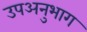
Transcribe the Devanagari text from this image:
उपअनुभाग